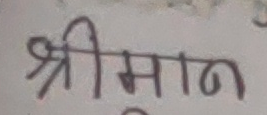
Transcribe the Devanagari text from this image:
श्रीमान